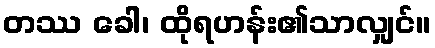
တဿ ခေါ၊ ထိုရဟန်း၏သာလျှင်။